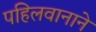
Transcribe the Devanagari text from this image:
पहिलवानाने